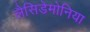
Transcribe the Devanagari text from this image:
लैसिडेमोनिया